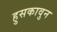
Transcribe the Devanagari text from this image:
हुसकावुन